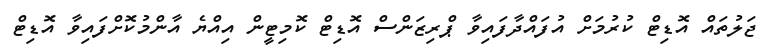
ޖަލުތައް އޮޑިޓް ކުރުމަށް އުފައްދާފައިވާ ޕްރިޒަންސް އޮޑިޓް ކޮމިޓީން އިއްޔެ އާންމުކޮށްފައިވާ އޮޑިޓް